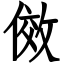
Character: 傚